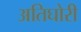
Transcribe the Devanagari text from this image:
अतिघोरी